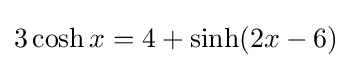
3\cosh x=4+\sinh(2x-6)